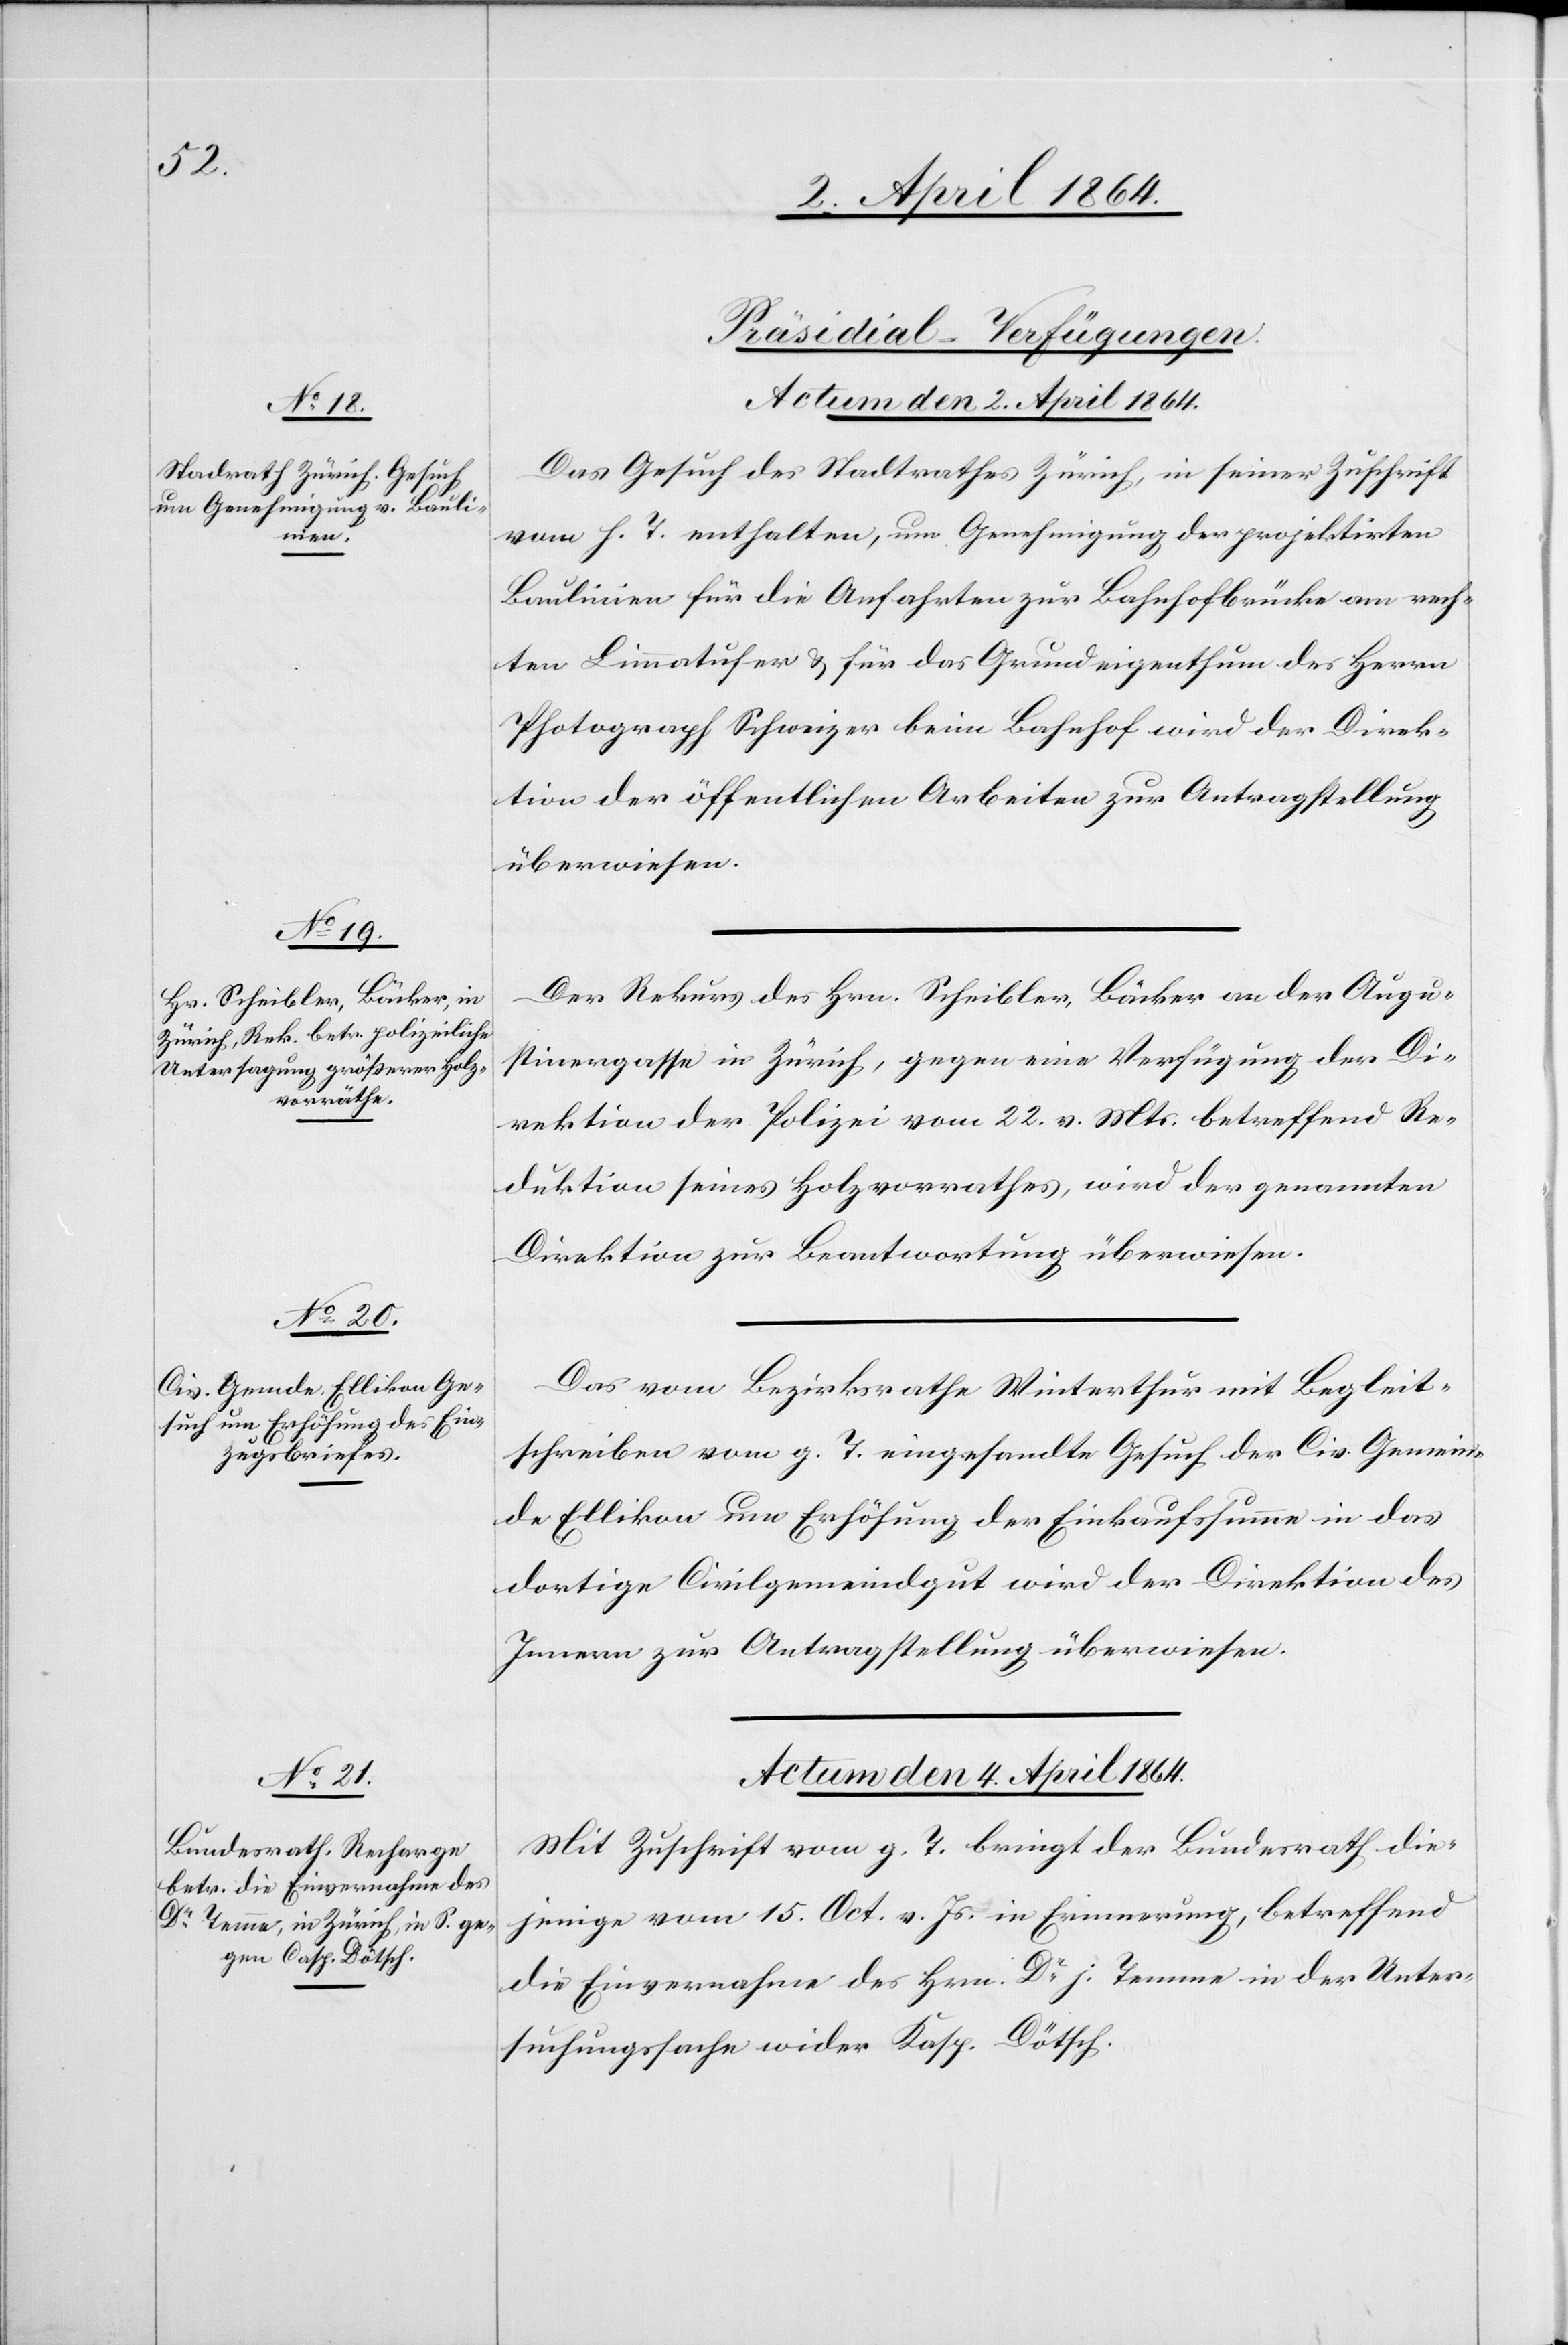
[Präsidial-Verfügungen.]
Actum den 2. April 1864.]
Das Gesuch des Stadtrathes Zürich, in seiner Zuschrift
vom h. T. enthalten, um Genehmigung der projektirten
Baulinien für die Anfahrten zur Bahnhofbrücke am rech¬
ten Limmatufer u. für das Grundeigenthum des Herrn
Photograph Schweizer beim Bahnhof wird der Direk¬
tion der öffentlichen Arbeiten zur Antragstellung
überwiesen.
Der Rekurs des Hrn. Scheibler, Bäcker an der Augu¬
stinergasse in Zürich, gegen eine Verfügung der Di¬
rektion der Polizei vom 22. v. Mts. betreffend Re¬
duktion seines Holzvorrathes, wird der genannten
Direktion zur Beantwortung überwiesen.
Das vom Bezirksrathe Winterthur mit Begleit¬
schreiben vom g. T. eingesandte Gesuch der Civ. Gemein¬
de Ellikon um Erhöhung der Einkaufssumme in das
dortige Civilgemeindgut wird der Direktion des
Innern zur Antragstellung überwiesen.
Actum den 4. April 1864.
Mit Zuschrift vom g. T. bringt der Bundesrath die¬
jenige vom 15. Oct. v. Js. in Erinnerung, betreffend
die Einvernahme des Hrn. Dr J. Temme in der Unter¬
suchungssache wider Kasp. Dötsch.